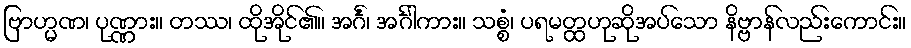
ဗြာဟ္မဏ၊ ပုဏ္ဏား။ တဿ၊ ထိုအိုင်၏။ အင်္ဂံ၊ အင်္ဂါကား။ သစ္စံ၊ ပရမတ္ထဟုဆိုအပ်သော နိဗ္ဗာန်လည်းကောင်း။